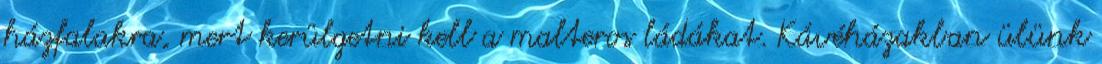
házfalakra, mert kerülgetni kell a malteros ládákat. Kávéházakban ülünk